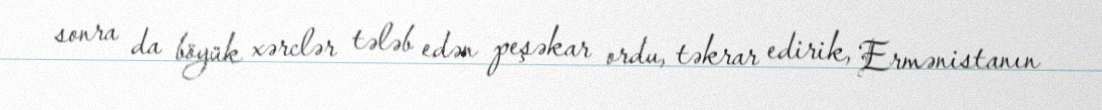
sonra da böyük xərclər tələb edən peşəkar ordu, təkrar edirik, Ermənistanın